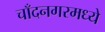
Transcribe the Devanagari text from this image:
चाँदनगरमध्ये